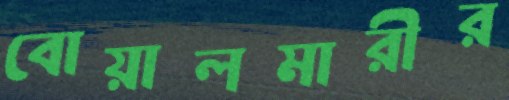
বোয়ালমারীর